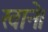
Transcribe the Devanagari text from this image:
खाने।